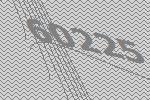
60225